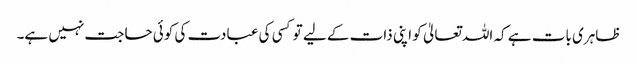
ظاہری بات ہے کہ اللہ تعالیٰ کو اپنی ذات کے لیے تو کسی کی عبادت کی کوئی حاجت نہیں ہے۔